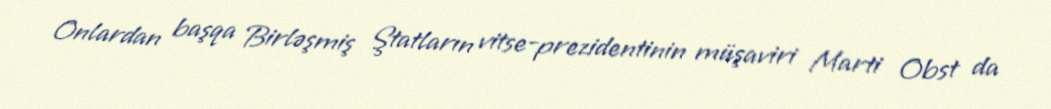
Onlardan başqa Birləşmiş Ştatların vitse-prezidentinin müşaviri Marti Obst da